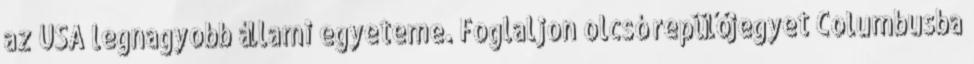
az USA legnagyobb állami egyeteme. Foglaljon olcsó repülőjegyet Columbusba